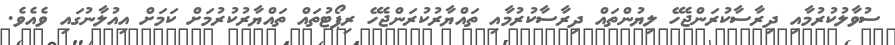
ސުވާލުކުރުމާއި ދިރާސާކުރަންޖެހޭ ލިޔުންތައް ދިރާސާކުރުމާއި ތައްޔާރުކުރަންޖެހޭ ރިޕޯޓުތައް ތައްޔާރުކުރުމަށް ކަމަށް އިއުލާނުގައި ވެއެވެ.